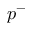
p ^ { - }